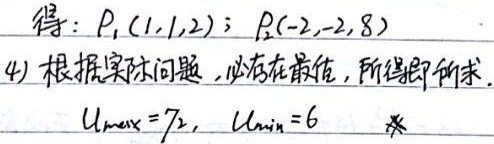
得：\(P_1(1,1,2)\)；\(P_2(-2,-2,8)\)。
4) 根据实际问题，必存在最值，所得即所求。\(U_{max}=72\)，\(U_{min}=6\)  ※